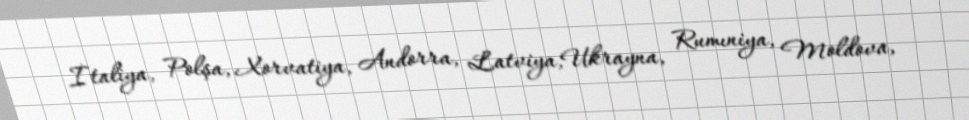
İtaliya, Polşa, Xorvatiya, Andorra, Latviya,Ukrayna, Rumıniya, Moldova,